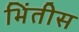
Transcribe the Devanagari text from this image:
भिंतीस